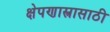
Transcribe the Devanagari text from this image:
क्षेपणास्त्रासाठी